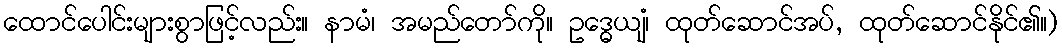
ထောင်ပေါင်းများစွာဖြင့်လည်း။ နာမံ၊ အမည်တော်ကို။ ဥဒ္ဓေယျံ၊ ထုတ်ဆောင်အပ်, ထုတ်ဆောင်နိုင်၏။)